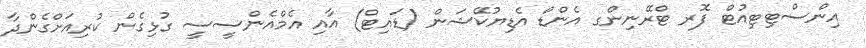
އިންސްޓިޓިއުޓް ފޮރ ޓްރޭނިންގ އެންޑް އެޑިޔުކޭޝަން (ޑައިޓް) އާއި އެމްއެންސީސީ ގުޅިގެން ކުރިއަށްގެންދާ